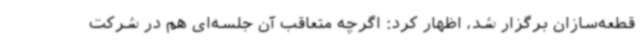
قطعه‌سازان برگزار شد، اظهار کرد: اگرچه متعاقب آن جلسه‌ای هم در شرکت